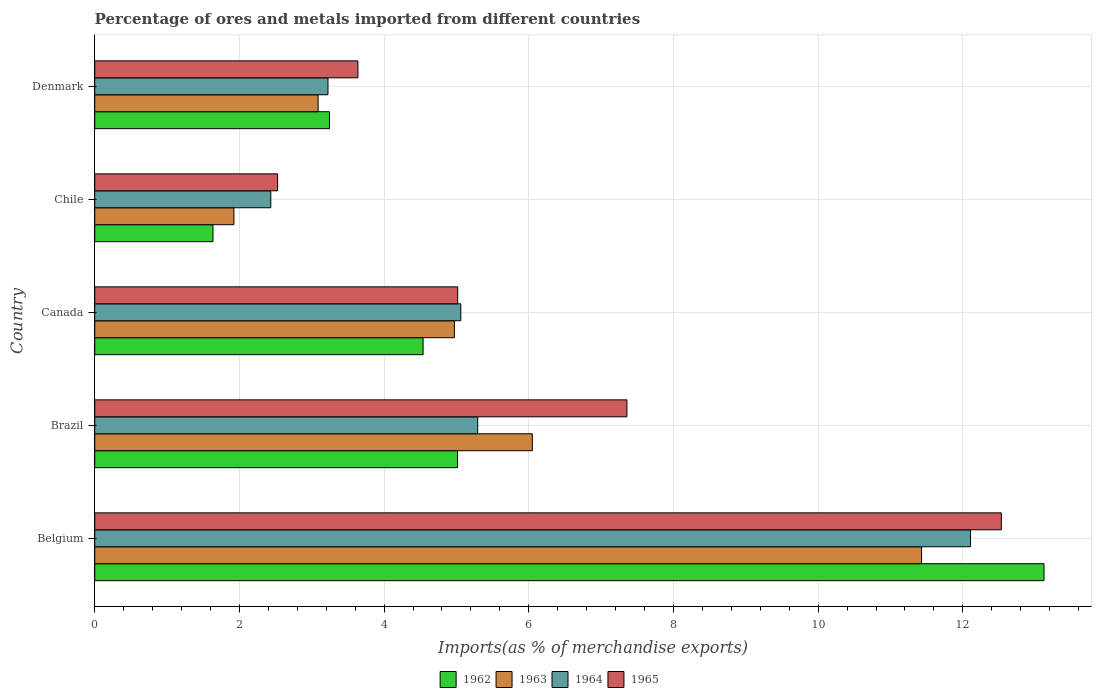
| Country | 1962 | 1963 | 1964 | 1965 |
 | --- | --- | --- | --- | --- |
 | Belgium | 13.1 | 11.4 | 12.1 | 12.5 |
 | Brazil | 5.01 | 6.05 | 5.29 | 7.36 |
 | Canada | 4.54 | 4.97 | 5.06 | 5.02 |
 | Chile | 1.63 | 1.92 | 2.43 | 2.53 |
 | Denmark | 3.25 | 3.09 | 3.22 | 3.64 |